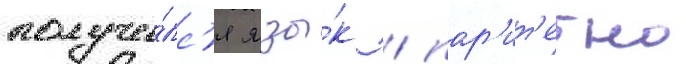
получи́лс'я язы́к / пар'ит'етно